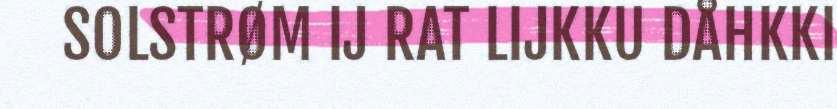
SOLSTRØM IJ RAT LIJKKU DÅHKKI